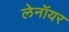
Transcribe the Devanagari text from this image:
लेनॉयर